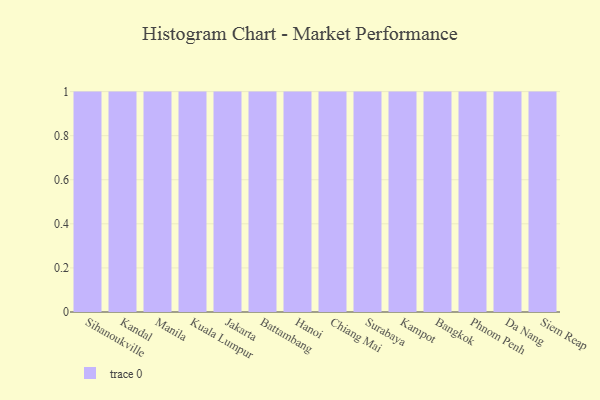
{"axis": {"x": "City", "y": "Churn Rate (%)"}, "legend": [""], "data": [{"x": "Sihanoukville", "y": 17, "type": ""}, {"x": "Kandal", "y": 50, "type": ""}, {"x": "Manila", "y": 49, "type": ""}, {"x": "Kuala Lumpur", "y": 2, "type": ""}, {"x": "Jakarta", "y": 21, "type": ""}, {"x": "Battambang", "y": 60, "type": ""}, {"x": "Hanoi", "y": 19, "type": ""}, {"x": "Chiang Mai", "y": 44, "type": ""}, {"x": "Surabaya", "y": 23, "type": ""}, {"x": "Kampot", "y": 12, "type": ""}, {"x": "Bangkok", "y": 36, "type": ""}, {"x": "Phnom Penh", "y": 32, "type": ""}, {"x": "Da Nang", "y": 71, "type": ""}, {"x": "Siem Reap", "y": 94, "type": ""}]}